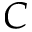
C